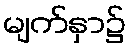
မျက်နှာ၌